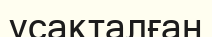
ұсақталған